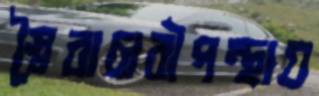
স্বৈরাচারীপন্থায়